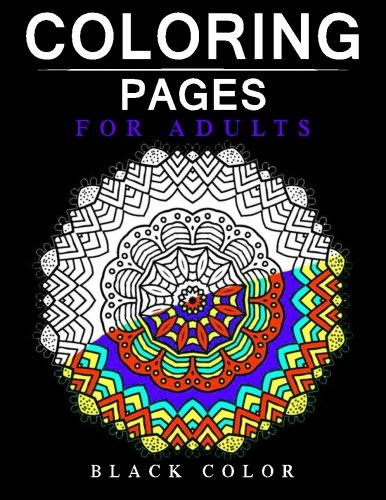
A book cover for Coloring Pages for Adults Black Page: Stress Relieving Patterns : Coloring Books For Adults, coloring books for adults relaxation, Meditation Coloring Book for adult (Volume 1); Coloring Pages for Adults; Arts & Photography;